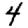
Digit: 4